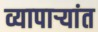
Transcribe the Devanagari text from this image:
व्यापाऱ्यांत